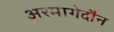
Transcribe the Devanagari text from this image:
अरमागेदौन